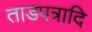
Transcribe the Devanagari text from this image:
ताडपत्रादि